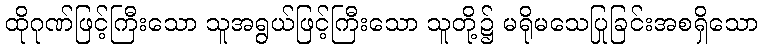
ထိုဂုဏ်ဖြင့်ကြီးသော သူအရွယ်ဖြင့်ကြီးသော သူတို့၌ မရိုမသေပြုခြင်းအစရှိသော